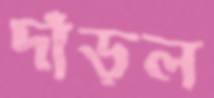
দাঁড়ল